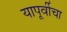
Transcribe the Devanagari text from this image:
यापूर्वीचा